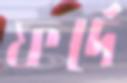
ফর্দে